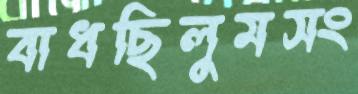
বাধছিলুমসং